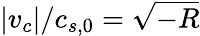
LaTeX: |v_{c}|/c_{s,0}=\sqrt{-R}